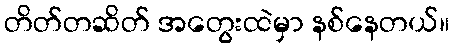
တိတ်တဆိတ် အတွေးထဲမှာ နစ်နေတယ်။